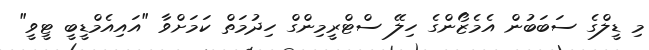
މި ޑީލްގެ ސަބަބުން އެމެޒޯންގެ ހިލޭ ސްޓްރީމިންގް ހިދުމަތް ކަމަށްވާ "އައިއެމްޑީބީ ޓީވީ"